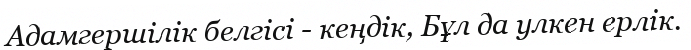
Адамгершілік белгісі - кеңдік, Бұл да улкен ерлік.